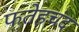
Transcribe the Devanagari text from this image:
फतेहचंद